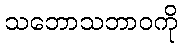
သဘောသဘာဝကို